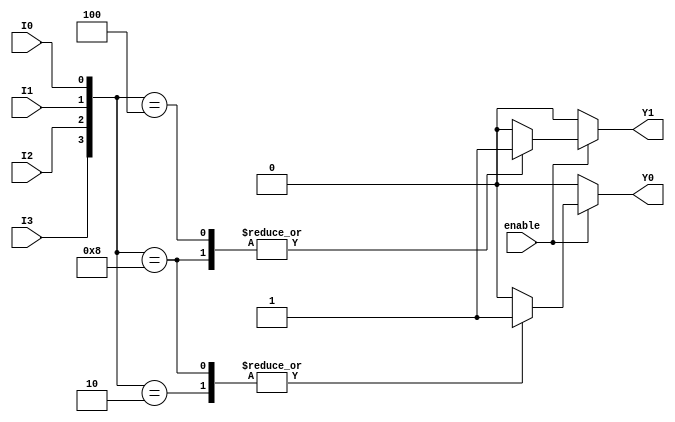
module encoder_4_to_2 (
    input wire I0,     // Input 0
    input wire I1,     // Input 1
    input wire I2,     // Input 2
    input wire I3,     // Input 3
    input wire enable, // Enable signal
    output reg Y0,     // Output 0
    output reg Y1      // Output 1
);

    always @(*) begin
        if (!enable) begin
            // If enable is low, set outputs to 00
            Y0 = 1'b0;
            Y1 = 1'b0;
        end else begin
            // Check inputs in priority order
            case ({I3, I2, I1, I0}) // Concatenate inputs to form a vector
                4'b0000: begin
                    Y0 = 1'b0; // No active input
                    Y1 = 1'b0;
                end
                4'b0001: begin
                    Y0 = 1'b0; // I0 active
                    Y1 = 1'b0;
                end
                4'b0010: begin
                    Y0 = 1'b1; // I1 active
                    Y1 = 1'b0;
                end
                4'b0100: begin
                    Y0 = 1'b0; // I2 active
                    Y1 = 1'b1;
                end
                4'b1000: begin
                    Y0 = 1'b1; // I3 active
                    Y1 = 1'b1;
                end
                // Handle cases where multiple inputs are active
                // Higher priority inputs will take precedence
                default: begin
                    Y0 = 1'b0; // Default case
                    Y1 = 1'b0;
                end
            endcase
        end
    end
endmodule